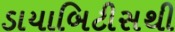
ડાયાબિટીસથી